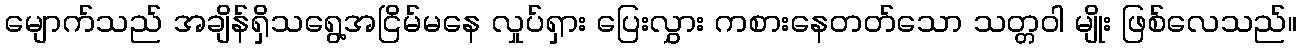
မျောက်သည် အချိန်ရှိသရွေ့အငြိမ်မနေ လှုပ်ရှား ပြေးလွှား ကစားနေတတ်သော သတ္တဝါ မျိုး ဖြစ်လေသည်။